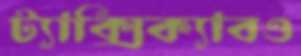
ট্যাক্সিক্যাবও